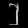
Digit: ၂